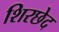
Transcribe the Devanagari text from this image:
शिरछेद